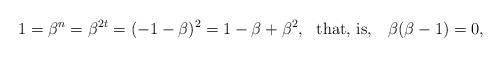
LaTeX: \begin{align*}1 = \beta^n = \beta^{2t} = (-1-\beta)^2 = 1 - \beta + \beta^2, \ \ \mbox{that, is, } \ \ \beta (\beta - 1) = 0, \end{align*}